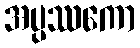
အပ္ပဿကော